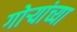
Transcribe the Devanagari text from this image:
गोर्‍यांच्या